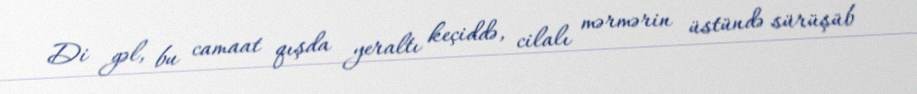
Di gəl, bu camaat qışda yeraltı keçiddə, cilalı mərmərin üstündə sürüşüb